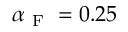
\alpha _ { \mathrm { ~ F ~ } } = 0 . 2 5